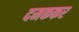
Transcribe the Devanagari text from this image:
दमककर